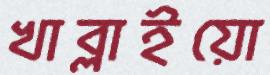
খাব্‌লাইয়ো